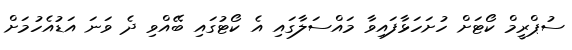
ސުޕްރީމް ކޯޓަށް ހުށަހަޅާފައިވާ މައްސަލާގައި އެ ކޯޓުގައި ބޭއްވި ދެ ވަނަ އަޑުއެހުމަށް